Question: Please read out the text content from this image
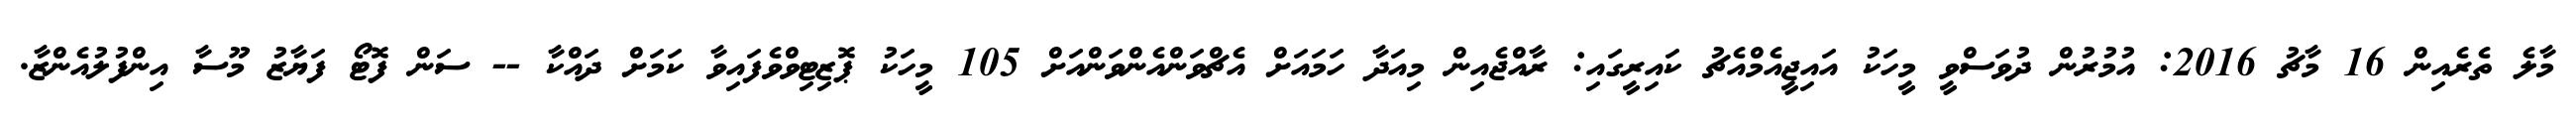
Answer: މާލެ ތެރެއިން 16 މާޗު 2016: އުމުރުން ދުވަސްވީ މީހަކު އައިޖީއެމްއެޗު ކައިރީގައި: ރާއްޖެއިން މިއަދާ ހަމައަށް އެޗްވަންއެންވަންއަށް 105 މީހަކު ޕޮޒިޓިވްވެފައިވާ ކަމަށް ދައްކާ -- ސަން ފޮޓޯ ފަޔާޒު މޫސާ އިންފުލުއެންޒާ.